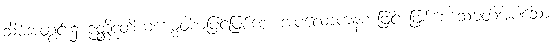
သိမ်အတွင်း၌ ဉတ္တိဒုတိယကမ္မဝါစာဖြင့်ဖြစ်စေ၊ အပလောကနကံဖြင့် ဖြစ်စေ သမုတ်အပ်သော